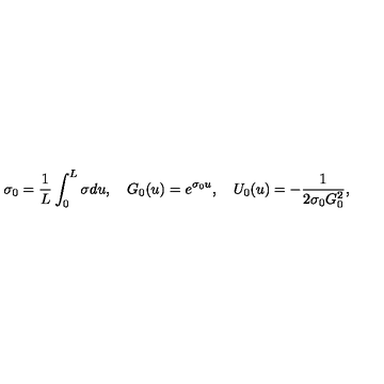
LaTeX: \sigma _ { 0 } = \frac { 1 } { L } \int _ { 0 } ^ { L } \sigma d u , \quad G _ { 0 } ( u ) = e ^ { \sigma _ { 0 } u } , \quad U _ { 0 } ( u ) = - \frac { 1 } { 2 \sigma _ { 0 } G _ { 0 } ^ { 2 } } ,